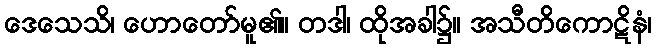
ဒေသေသိ၊ ဟောတော်မူ၏။ တဒါ၊ ထိုအခါ၌။ အသီတိကောဋိနံ၊